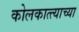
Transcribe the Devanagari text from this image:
कोलकात्त्याच्या